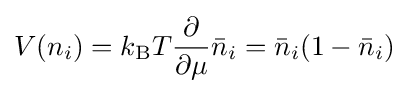
V(n_{i})=k_{\text{B}}T{\frac {\partial }{\partial \mu }}{\bar {n}}_{i}={\bar {n}}_{i}(1-{\bar {n}}_{i})